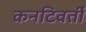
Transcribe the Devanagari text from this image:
कनटिवर्ती